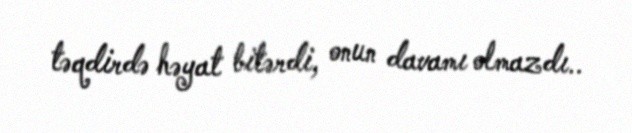
təqdirdə həyat bitərdi, onun davamı olmazdı..